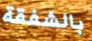
بالشفقة